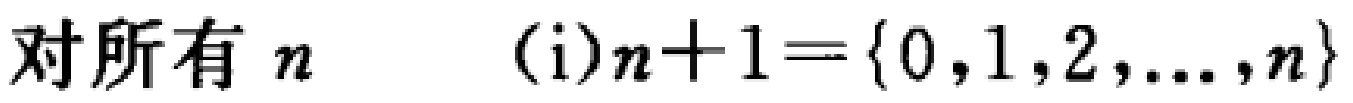
对所有 \(n\) \((i)n + 1 = \{0,1,2,\ldots,n\}\)